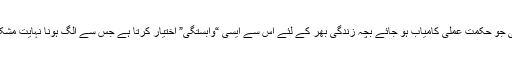
جس بچے کی جو حکمت عملی کامیاب ہو جائے بچہ زندگی بھر کے لئے اس سے ایسی “وابستگی” اختیار کرتا ہے جس سے الگ ہونا نہایت مشکل ہوجاتا ہے۔